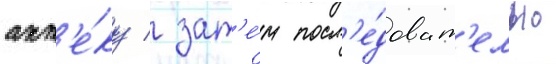
апт'е́ку / зат'е́м посл'е́доват'ельно